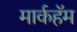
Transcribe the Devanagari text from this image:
मार्कहॅम